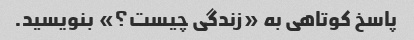
پاسخ کوتاهی به «زندگی چیست؟» بنویسید.